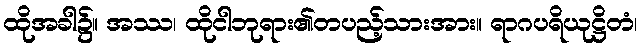
ထိုအခါ၌။ အဿ၊ ထိုငါဘုရား၏တပည့်သားအား။ ရာဂပရိယုဋ္ဌိတံ၊